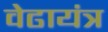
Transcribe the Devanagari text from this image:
वेढायंत्र